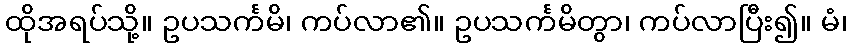
ထိုအရပ်သို့။ ဥပသင်္ကမိ၊ ကပ်လာ၏။ ဥပသင်္ကမိတွာ၊ ကပ်လာပြီး၍။ မံ၊